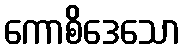
ကောစိဒေသော